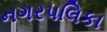
નગરપલિકા